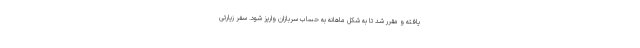
یافته و مقرر شد تا به شکل ماهانه به حساب سربازان واریز شود. سفر زیارتی